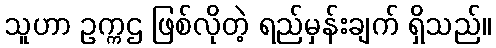
သူဟာ ဥက္ကဌ ဖြစ်လိုတဲ့ ရည်မှန်းချက် ရှိသည်။